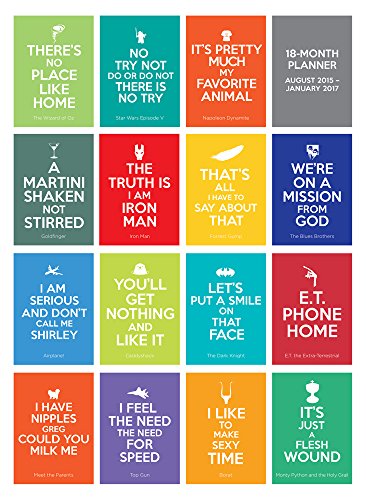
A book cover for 2016 Keep Calm and Quote Movies Simplicity 18 Month Planner; TF Publishing; Calendars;